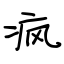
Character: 疯